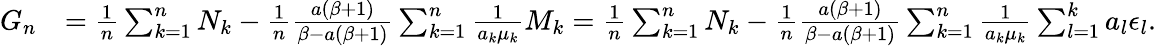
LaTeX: \begin{array}{rl}{G_{n}}&{=\frac{1}{n}\sum_{k=1}^{n}N_{k}-\frac{1}{n}\frac{a(\beta+1)}{\beta-a(\beta+1)}\sum_{k=1}^{n}\frac{1}{a_{k}\mu_{k}}M_{k}=\frac{1}{n}\sum_{k=1}^{n}N_{k}-\frac{1}{n}\frac{a(\beta+1)}{\beta-a(\beta+1)}\sum_{k=1}^{n}\frac{1}{a_{k}\mu_{k}}\sum_{l=1}^{k}a_{l}\epsilon_{l}.}\end{array}